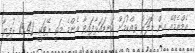
އެމްއެމްއޭ އިން ޑޮލަރު ވިއްކުމަށް ކަނޑައަޅާފައިވާ އެންމެ މަތީ ރޭޓަކީ 15.42 ރުފިޔާ